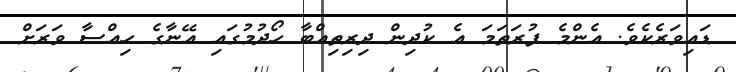
ޑައިވަރެކެވެ. އެންމެ ފުރަތަމަ އެ ކުދިން ދިރިތިއްބާ ހޯދުމުގައި އޭނާގެ ހިއްސާ ވަރަށް